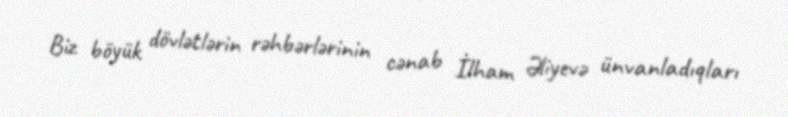
Biz böyük dövlətlərin rəhbərlərinin cənab İlham Əliyevə ünvanladıqları